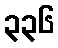
၃၃၆